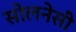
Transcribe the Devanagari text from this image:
सोलनेसी